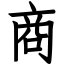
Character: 商